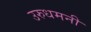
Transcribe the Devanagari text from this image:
उरुधमनी